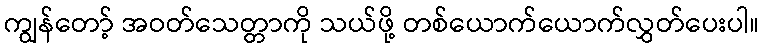
ကျွန်တော့် အဝတ်သေတ္တာကို သယ်ဖို့ တစ်ယောက်ယောက်လွှတ်ပေးပါ။